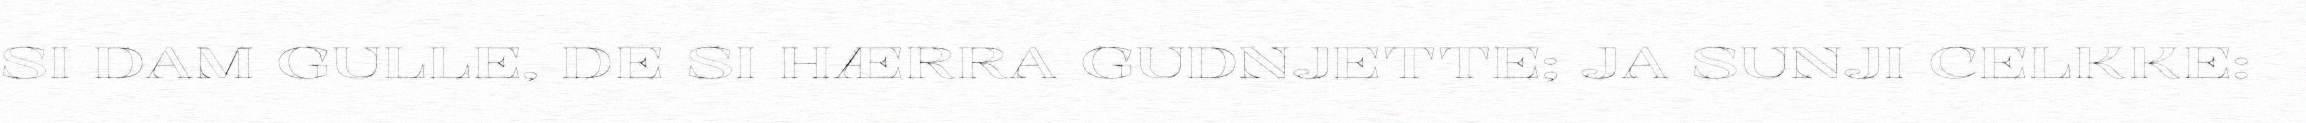
SI DAM GULLE, DE SI HÆRRA GUDNJETTE; JA SUNJI CELKKE: